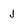
Character: J